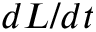
d L / d t